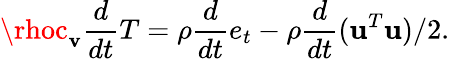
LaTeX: \rhoc_{\mathbf{v}}\frac{{d}}{{dt}}T=\rho\frac{{d}}{{dt}}e_{t}-\rho\frac{{d}}{{dt}}(\mathbf{{u}}^{T}\mathbf{{u}})/2.